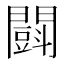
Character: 𨶜